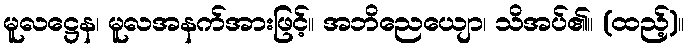
မူလဋ္ဌေန၊ မူလအနက်အားဖြင့်။ အဘိညေယျော၊ သိအပ်၏။ (ထည့်)။